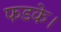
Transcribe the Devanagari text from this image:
फडके।